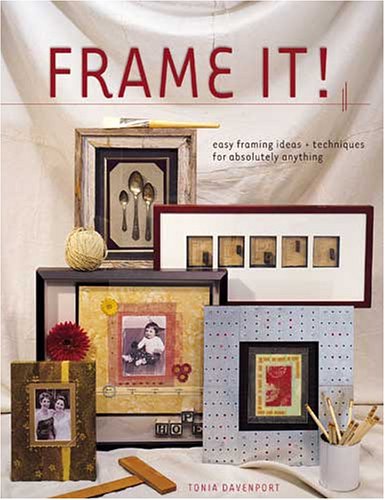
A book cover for Frame It!; Tonia Davenport; Crafts, Hobbies & Home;